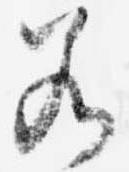
若